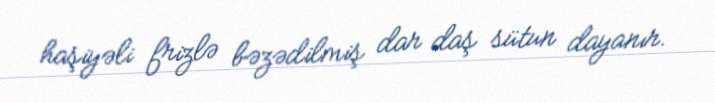
haşiyəli frizlə bəzədilmiş dar daş sütun dayanır.